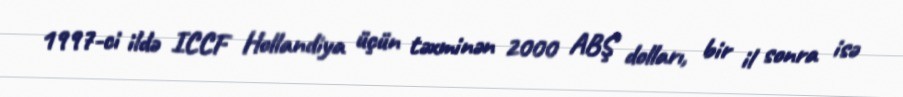
1997-ci ildə ICCF Hollandiya üçün təxminən 2000 ABŞ dolları, bir il sonra isə